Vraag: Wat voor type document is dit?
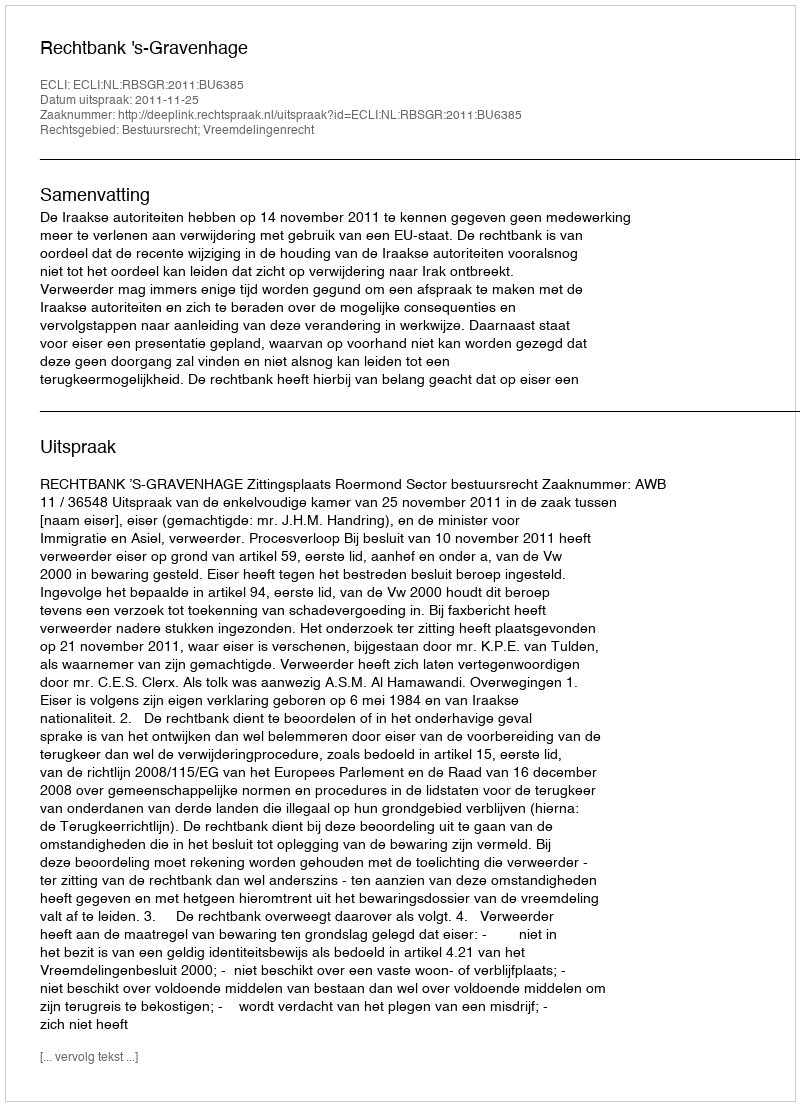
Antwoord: Uitspraak